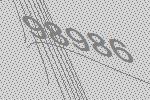
98986